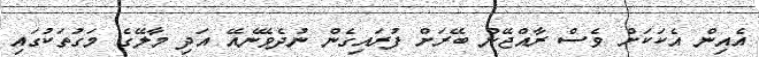
އެއިން އެކަކަށް ވެސް ރާއްޖޭން ބޭރަށް ފުރައިގެން ނުދެވޭނެއޭ އަދި މާލޭގެ މަގުތަކުގައި